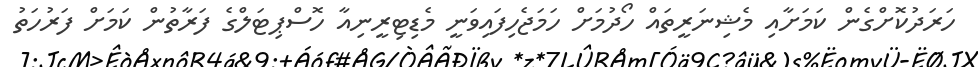
ހަރަދުކޮށްގެން ކަމަށާއި މެޝިނަރީތައް ހޯދުމަށް ހަމަޖެހިފައިވަނީ މެޑިޓިރީނިއާ ހޮސްޕިޓަލްގެ ފަރާތުން ކަމަށް ފަރުހަތު